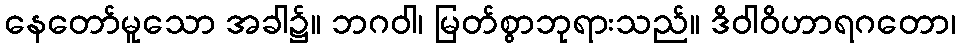
နေတော်မူသော အခါ၌။ ဘဂဝါ၊ မြတ်စွာဘုရားသည်။ ဒိဝါဝိဟာရဂတော၊